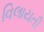
વિલાયતી